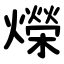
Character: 爃